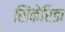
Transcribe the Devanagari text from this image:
सिंकेरिडा